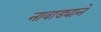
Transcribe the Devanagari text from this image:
नावाड्याने